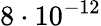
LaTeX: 8\cdot 10^{-12}